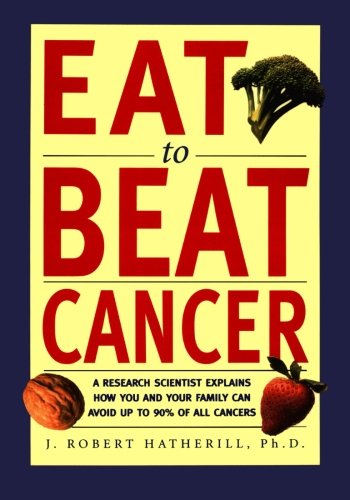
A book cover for Eat To Beat Cancer: A Research Scientist Explains How You and Your Family Can Avoid Up to 90% of All Cancers; J. Robert Hatherill; Health, Fitness & Dieting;